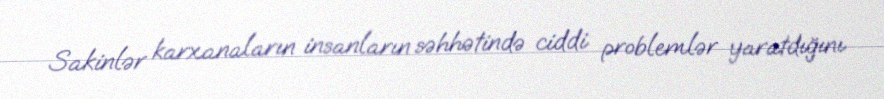
Sakinlər karxanaların insanların səhhətində ciddi problemlər yaratdığını